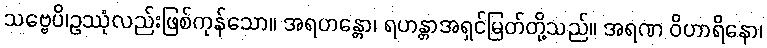
သဗ္ဗေပိ၊ဥဿုံလည်းဖြစ်ကုန်သော။ အရဟန္တော၊ ရဟန္တာအရှင်မြတ်တို့သည်။ အရဏ ဝိဟာရိနော၊